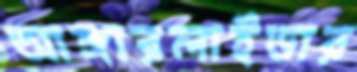
আঙ্গারলাইডার